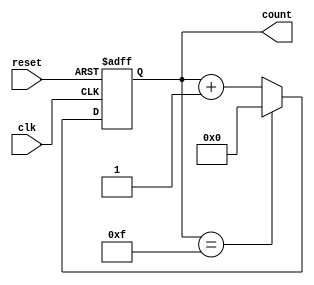
module async_reset_sync_counter #(
    parameter N = 4  // Parameter for the width of the counter (default is 4 bits)
)(
    input wire clk,          // Clock input
    input wire reset,        // Asynchronous reset input
    output reg [N-1:0] count // N-bit counter output
);

// Always block for counter operation
always @(posedge clk or posedge reset) begin
    if (reset) begin
        count <= {N{1'b0}};  // Reset the counter to 0
    end else begin
        if (count == {N{1'b1}}) begin
            count <= {N{1'b0}}; // Roll over to 0 if maximum count is reached
        end else begin
            count <= count + 1; // Increment the counter
        end
    end
end

endmodule